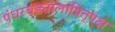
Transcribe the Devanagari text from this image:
पंधरवड्यालापितृपक्ष